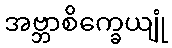
အဗ္ဘာစိက္ခေယျုံ